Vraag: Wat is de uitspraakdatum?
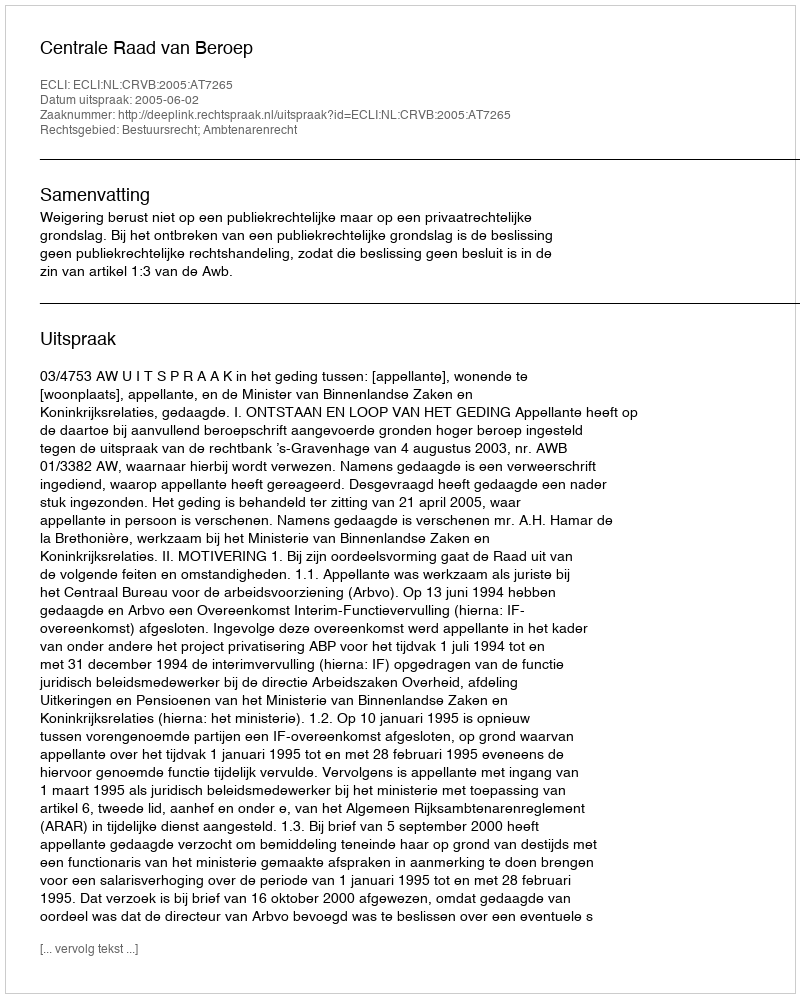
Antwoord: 2005-06-02